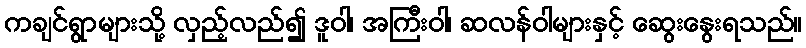
ကချင်ရွာများသို့ လှည့်လည်၍ ဒူဝါ၊ အကြီးဝါ၊ ဆလန်ဝါများနှင့် ဆွေးနွေးရသည်။